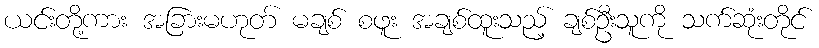
ယင်းတို့ကား အခြားမဟုတ် မချစ် စဖူး အချစ်ထူးသည့် ချစ်ဦးသူကို သက်ဆုံးတိုင်